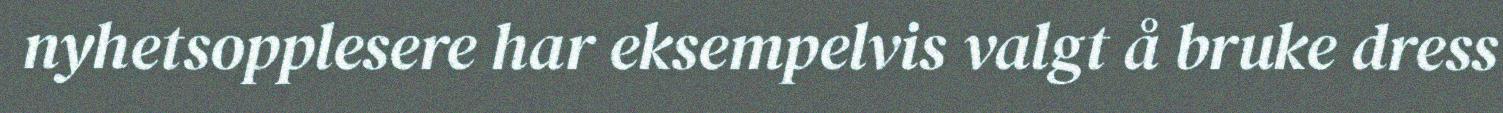
nyhetsopplesere har eksempelvis valgt å bruke dress